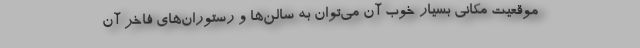
موقعیت مکانی بسیار خوب آن می‌توان به سالن‌ها و رستوران‌های فاخر آن